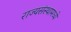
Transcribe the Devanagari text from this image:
राज्यसंस्थामध्ये